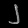
Digit: ၂